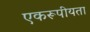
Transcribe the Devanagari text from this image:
एकरूपीयता